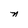
Character: n